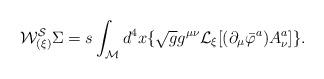
\begin{align*}{\cal W^{S}_{(\xi)}} \Sigma = s \int_{\cal M} d^{4}x \lbrace \sqrt{g} g^{\mu\nu} {\cal L}_{\xi} \lbrack ( \partial_{\mu} \bar{\varphi}^{a} ) A^{a}_{\nu} \rbrack \rbrace .\end{align*}